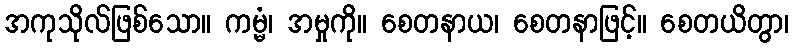
အကုသိုလ်ဖြစ်သော။ ကမ္မံ၊ အမှုကို။ စေတနာယ၊ စေတနာဖြင့်။ စေတယိတွာ၊